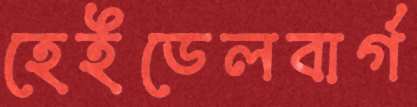
হেইডেলবার্গ